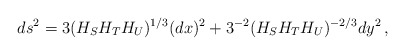
\begin{align*}ds^2 =3(H_S H_T H_U)^{1/3}(dx)^2 + 3^{-2}(H_S H_T H_U)^{-2/3}dy^2\,,\end{align*}